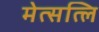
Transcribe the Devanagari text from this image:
मेत्सत्लि